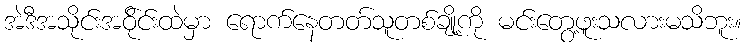
အဲဒီအသိုင်းအဝို်င်းထဲမှာ ရောက်နေတတ်သူတစ်ချို့ကို မင်းတွေ့ဖူးသလားမသိဘူး။